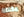
مكتظة